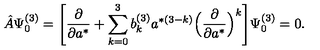
\hat { A } \Psi _ { 0 } ^ { ( 3 ) } = \Biggl [ \frac { \partial } { \partial a ^ { * } } + \sum _ { k = 0 } ^ { 3 } b _ { k } ^ { ( 3 ) } a ^ { * ( 3 - k ) } \Bigl ( \frac { \partial } { \partial a ^ { * } } \Bigr ) ^ { k } \Biggr ] \Psi _ { 0 } ^ { ( 3 ) } = 0 .